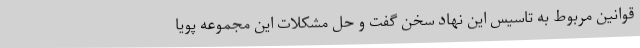
قوانین مربوط به تاسیس این نهاد سخن گفت و حل مشکلات این مجموعه پویا